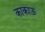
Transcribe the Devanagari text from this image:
काकाऊ